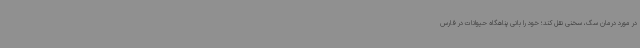
در مورد درمان سگ، سخنی نقل کند؛ خود را بانی پناهگاه حیوانات در فارس